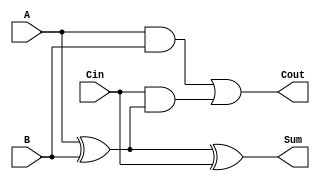
module low_power_full_adder (
    input wire A,      // First input bit
    input wire B,      // Second input bit
    input wire Cin,    // Carry input bit
    output wire Sum,   // Resultant sum bit
    output wire Cout   // Carry output bit
);

// Internal signals
wire AxorB;          // Intermediate signal for A XOR B
wire AandB;          // Intermediate signal for A AND B
wire CinAndAxorB;    // Intermediate signal for Cin AND (A XOR B)

// Compute A XOR B
assign AxorB = A ^ B;

// Compute Sum = A XOR B XOR Cin
assign Sum = AxorB ^ Cin;

// Compute A AND B
assign AandB = A & B;

// Compute Cout = (A AND B) OR (Cin AND (A XOR B))
assign CinAndAxorB = Cin & AxorB;
assign Cout = AandB | CinAndAxorB;

endmodule